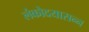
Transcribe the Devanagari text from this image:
लंकोदयासन्न